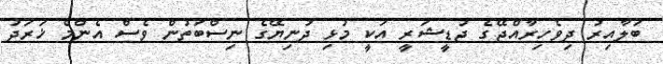
ބަލާއިރު ދިވެހިރާއްޖޭގެ ޖުޑީޝަރީ އަކީ މުޅި ދުނިޔޭގެ ނިސްބަތުން ވެސް އެންމެ ޚަރަދު